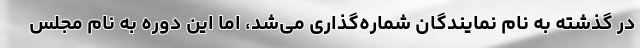
در گذشته به نام نمایندگان شماره‌گذاری می‌شد، اما این دوره به نام مجلس